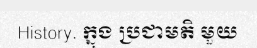
History. ក្នុង ប្រជាមតិ មួយ